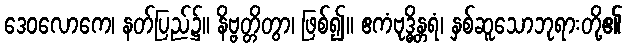
ဒေဝလောကေ၊ နတ်ပြည်၌။ နိဗ္ဗတ္တိတွာ၊ ဖြစ်၍။ ဧကံဗုဒ္ဓိန္တရံ၊ နှစ်ဆူသောဘုရားတို့၏